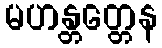
မဟန္တတ္တေန